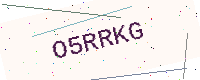
Text: O5RRKG